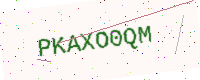
Text: PKAXO0QM